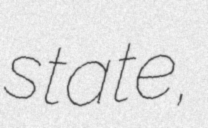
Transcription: state,